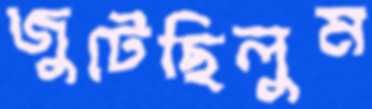
জুটেছিলুম